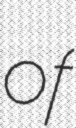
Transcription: of